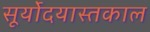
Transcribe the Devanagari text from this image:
सूर्योदयास्तकाल